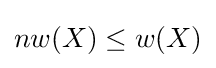
nw(X)\leq w(X)